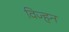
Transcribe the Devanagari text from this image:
विज्हन